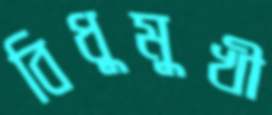
বিধুমুখী